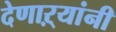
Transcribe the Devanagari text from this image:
देणाऱ्यांनी